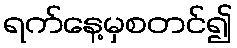
ရက်နေ့မှစတင်၍